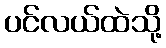
ပင်လယ်ထဲသို့